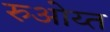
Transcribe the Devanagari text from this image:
रुओय्त